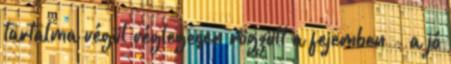
tartalma végül véglegesen rögzült a fejemben - a jó